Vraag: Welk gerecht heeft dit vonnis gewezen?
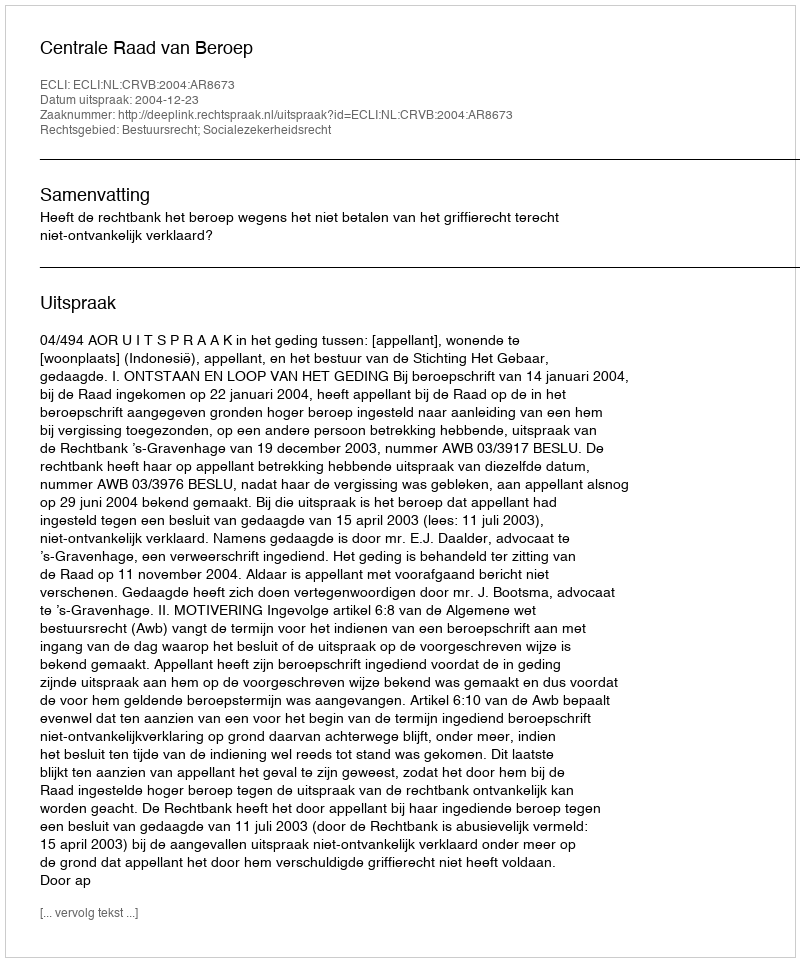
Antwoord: Centrale Raad van Beroep